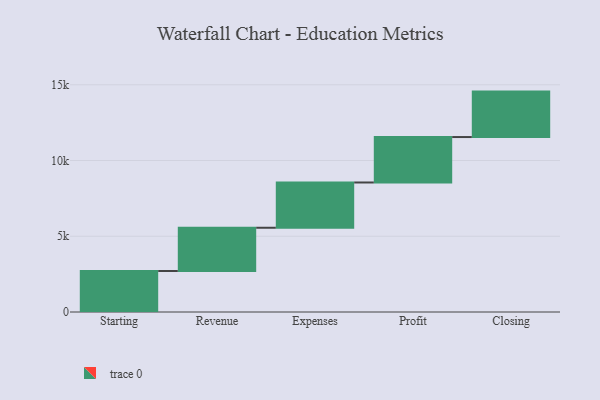
{"axis": {"x": "Step", "y": "Value"}, "legend": [""], "data": [{"x": "Starting", "y": 2706.0, "type": ""}, {"x": "Revenue", "y": 2856.0, "type": ""}, {"x": "Expenses", "y": 2988.0, "type": ""}, {"x": "Profit", "y": 3000, "type": ""}, {"x": "Closing", "y": 3000, "type": ""}]}